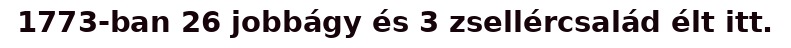
1773-ban 26 jobbágy és 3 zsellércsalád élt itt.